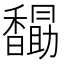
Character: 𮩭